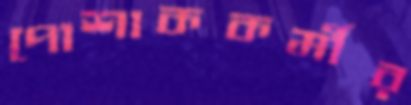
পোশাককর্মীর